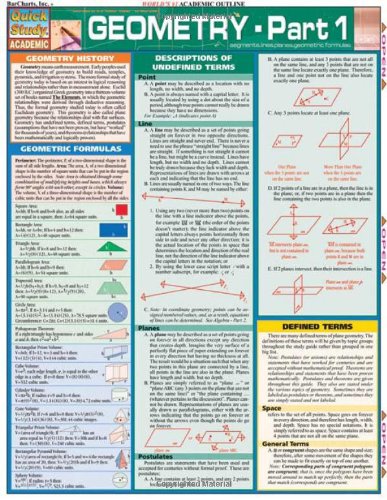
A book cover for Geometry Part 1 (Quickstudy: Academic); Inc. BarCharts; Science & Math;